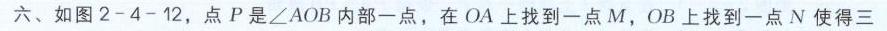
六、如图2 - 4 - 12，点\(P\)是\(\angle AOB\)内部一点，在\(OA\)上找到一点\(M\)，\(OB\)上找到一点\(N\)使得三